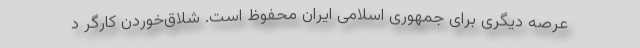
عرصه دیگری برای جمهوری اسلامی ایران محفوظ است. شلاق‌خوردن کارگر د